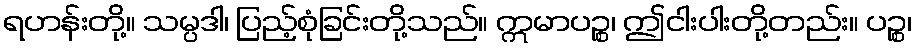
ရဟန်းတို့။ သမ္ပဒါ၊ ပြည့်စုံခြင်းတို့သည်။ ဣမာပဉ္စ၊ ဤငါးပါးတို့တည်း။ ပဉ္စ၊